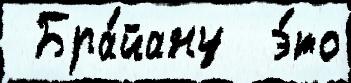
 Бра́йану  э́то